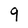
Character: 9